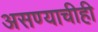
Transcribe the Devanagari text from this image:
असण्याचीही